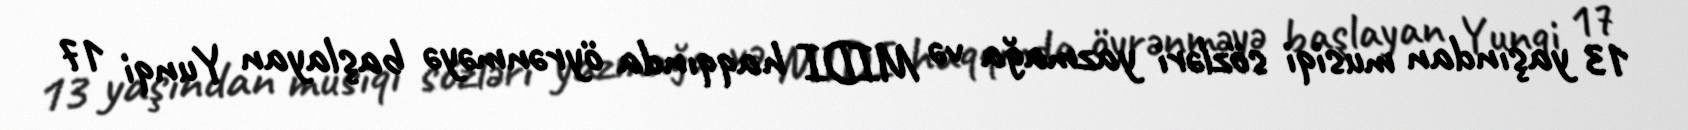
13 yaşından musiqi sözləri yazmağa və MIDI haqqında öyrənməyə başlayan Yunqi 17